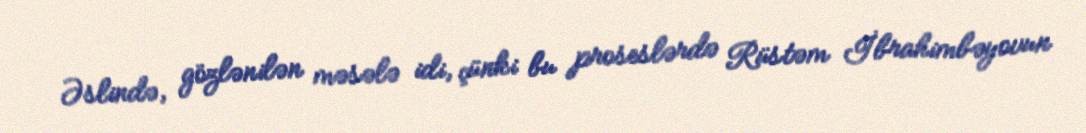
Əslində, gözlənilən məsələ idi, çünki bu proseslərdə Rüstəm İbrahimbəyovun